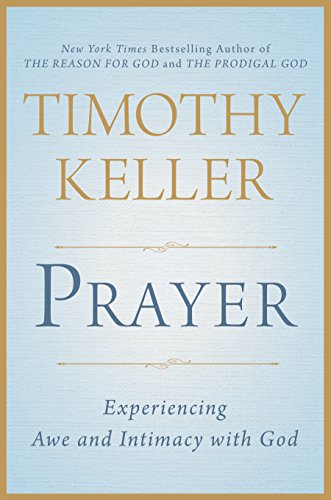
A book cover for Prayer: Experiencing Awe and Intimacy with God; Timothy Keller; Christian Books & Bibles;